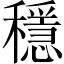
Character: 穩